Indian Medical Review
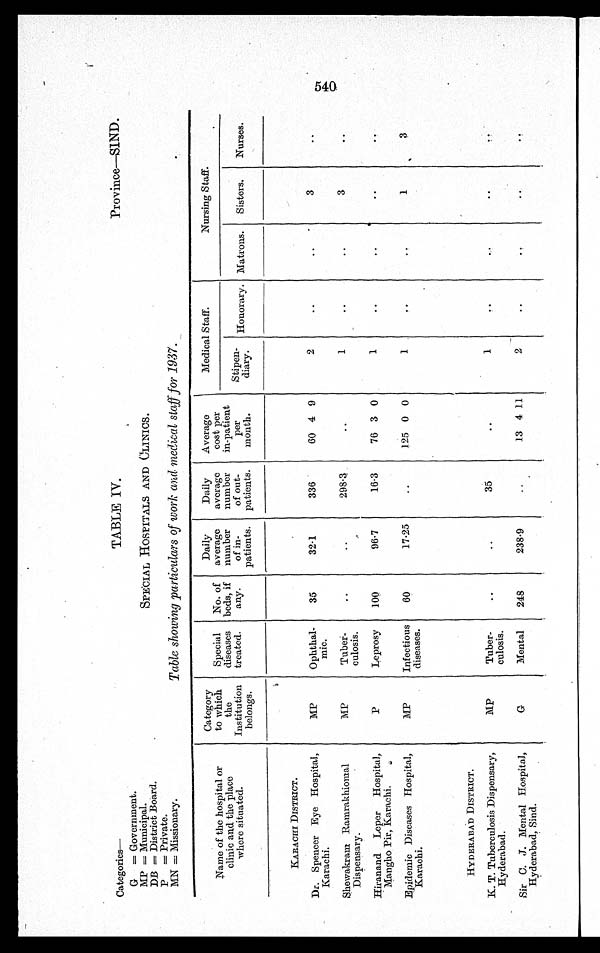
Categories—
G = Government.
MP = Municipal.
DB = District Board.
P = Private.
MN = Missionary.
TABLE IV.
SPECIAL HOSPITALS AND CLINICS.
Table showing particulars of work and medical staff for 1937.
Province—SIND.
Name of the hospital or
clinic and the place
where situated.
Category
to which
the
Institution
belongs.
Special
diseases
treated.
No. of
beds, if
any.
Daily
average
number
of in-
patients.
Daily
average
number
of out-
patients.
Average
cost per
in-patient
per
month.
Medical Staff.
Nursing Staff.
Stipen-
diary.
Honorary. Matrons.
Sisters.
Nurses.
KARACHI DISTRICT.
MP
Ophthal-
mic.
35
32.1
336
60 4 9
2
..
..
3
..
Dr. Spencer Eye Hospital,
Karachi.
Shewakram Ramrakhiomal
Dispensary.
MP
Tuber-
culosis.
••
••
298.3
..
1
..
..
3
. .
Hiranand
Leper
Hospital,
Mangho Pir, Karachi.
P
Leprosy
100
96.7
16.3
76 3 0
1
..
. .
. .
. .
Epidemic Diseases Hospital,
Karachi.
MP
Infectious
diseases.
60
17.25
..
125 0 0
1
..
. .
1
3
HYDERABAD DISTRICT.
K. T. Tuberculosis Dispensary,
Hyderabad.
MP
Tuber-
culosis.
..
..
35
..
1
••
. .
..
. .
Sir C. J. Mental Hospital,
Hyderabad, Sind.
G
Mental
248
238.9
..
13 4 11
2
..
. .
. .
. .
5 4 0